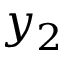
y _ { 2 }